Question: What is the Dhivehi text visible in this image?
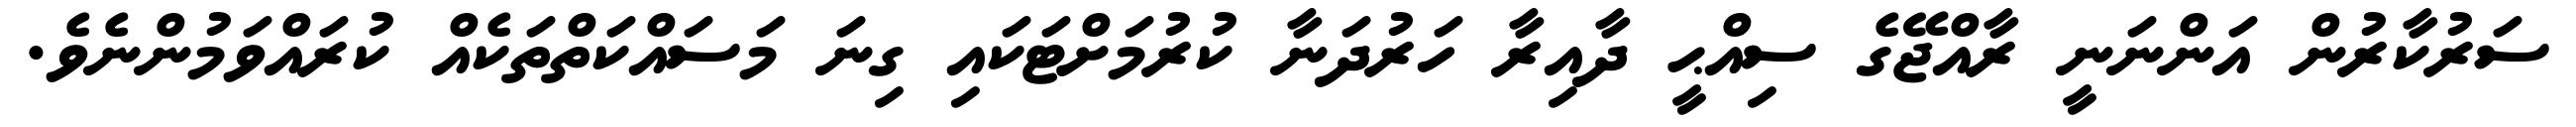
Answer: ސަރުކާރުން އަންނަނީ ރާއްޖޭގެ ސިއްޙީ ދާއިރާ ހަރުދަނާ ކުރުމަށްޓަކައި ގިނަ މަސައްކަތްތަކެއް ކުރައްވަމުންނެވެ.